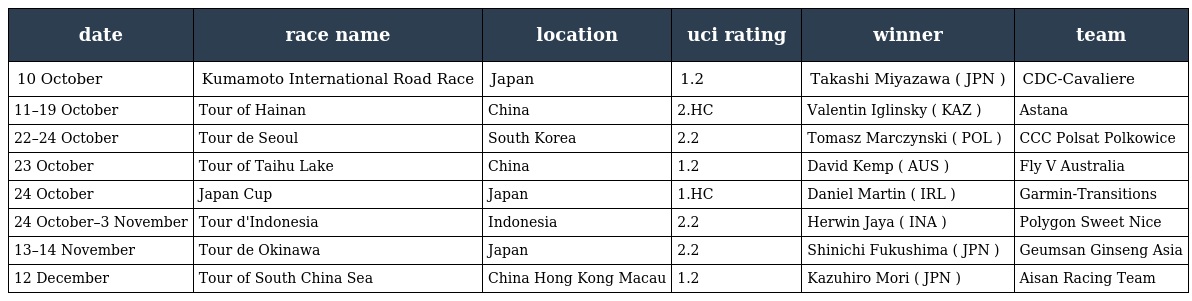
| date | race name | location | uci rating | winner | team |
 | --- | --- | --- | --- | --- | --- |
 | 10 October | Kumamoto International Road Race | Japan | 1.2 | Takashi Miyazawa ( JPN ) | CDC-Cavaliere |
 | 11–19 October | Tour of Hainan | China | 2.HC | Valentin Iglinsky ( KAZ ) | Astana |
 | 22–24 October | Tour de Seoul | South Korea | 2.2 | Tomasz Marczynski ( POL ) | CCC Polsat Polkowice |
 | 23 October | Tour of Taihu Lake | China | 1.2 | David Kemp ( AUS ) | Fly V Australia |
 | 24 October | Japan Cup | Japan | 1.HC | Daniel Martin ( IRL ) | Garmin-Transitions |
 | 24 October–3 November | Tour d'Indonesia | Indonesia | 2.2 | Herwin Jaya ( INA ) | Polygon Sweet Nice |
 | 13–14 November | Tour de Okinawa | Japan | 2.2 | Shinichi Fukushima ( JPN ) | Geumsan Ginseng Asia |
 | 12 December | Tour of South China Sea | China Hong Kong Macau | 1.2 | Kazuhiro Mori ( JPN ) | Aisan Racing Team |